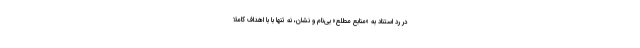
در رد استناد به «منابع مطلع» بی‌نام و نشان، نه تنها با با اهداف کاملاً